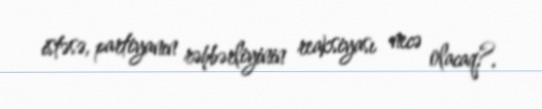
istəsə, partiyanın rəhbərliyinin reaksiyası necə olacaq?.